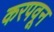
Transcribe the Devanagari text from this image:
करपवून